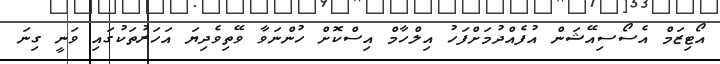
އޯޓިޒަމް އެސޯސިއޭޝަން އުފެއްދުމަށްފަހު އިލްހާމް އިސްކޮށް ހުންނަވާ ވޭތިވެދިޔަ އަހަރުތަކުގައި ވަނީ ގިނަ